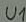
Text: U1